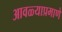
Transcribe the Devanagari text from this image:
आवळ्याप्रमाणे